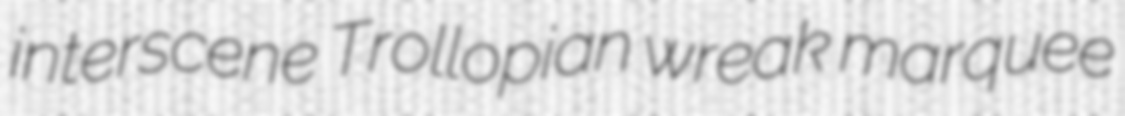
interscene Trollopian wreak marquee